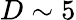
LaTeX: D\sim 5